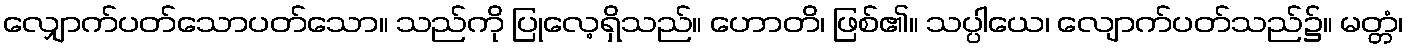
လျှောက်ပတ်သောပတ်သော။ သည်ကို ပြုလေ့ရှိသည်။ ဟောတိ၊ ဖြစ်၏။ သပ္ပါယေ၊ လျောက်ပတ်သည်၌။ မတ္တံ၊